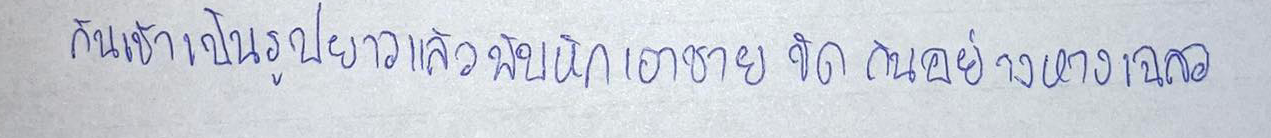
กันเข้าเป็นรูปยาวแล้วพับหักเอาชายขัดกันอย่างหางเฉลว